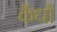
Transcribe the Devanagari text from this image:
कैंधौं